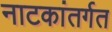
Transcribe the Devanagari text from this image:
नाटकांतर्गत